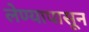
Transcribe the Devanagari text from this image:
लेण्यापासून